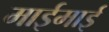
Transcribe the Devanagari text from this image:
माईमाई